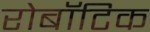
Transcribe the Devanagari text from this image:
रोबॉटिक